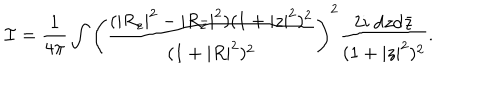
LaTeX: { \cal I } = \frac { 1 } { 4 \pi } \int \left( \frac { ( | R _ { z } | ^ { 2 } - | R _ { { \bar { z } } } | ^ { 2 } ) ( 1 + | z | ^ { 2 } ) ^ { 2 } } { ( 1 + | R | ^ { 2 } ) ^ { 2 } } \right) ^ { 2 } \frac { 2 i ~ \mathrm { d } z \mathrm { d } { \bar { z } } } { ( 1 + | z | ^ { 2 } ) ^ { 2 } } .